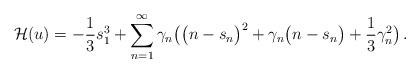
LaTeX: \begin{align*}\mathcal H(u) = -\frac 13 s_1^3 + \sum_{n=1}^\infty \gamma_n \big( \big( n - s_n \big)^2 + \gamma_n \big( n - s_n \big)+\frac 13 \gamma_n^2 \big)\,. \end{align*}